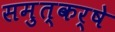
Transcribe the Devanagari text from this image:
समुत्कर्षे